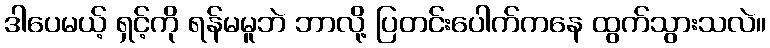
ဒါပေမယ့် ရှင့်ကို ရန်မမူဘဲ ဘာလို့ ပြတင်းပေါက်ကနေ ထွက်သွားသလဲ။